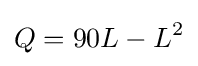
Q=90L-L^{2}